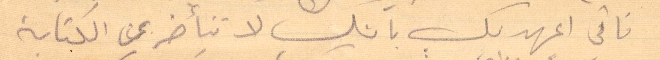
فاني اعهد بك بانك لا تتأخر عن الكتابة